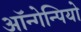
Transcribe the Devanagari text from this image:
ऑन्गेन्पियो